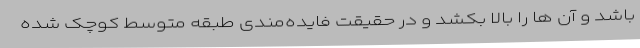
باشد و آن ها را بالا بکشد و در حقیقت فایده‌مندی طبقه متوسطِ کوچک شده